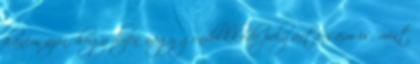
hanem azon, hogy ilyen nagy gondolkkodó polgártársaim is, mint